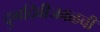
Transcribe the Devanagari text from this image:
दुर्गादेवीजवळची